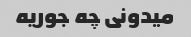
میدونی چه جوریه